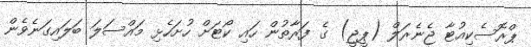
ޕްރޮސެކިއުޓާ ޖެނެރަލް (ޕީޖީ) ގެ ފަރާތުން ހައި ކޯޓަށް ހުށަހެޅި މައްސަލަ ބަލައިގަނެވެން